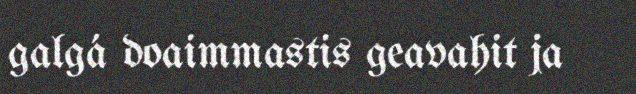
galgá doaimmastis geavahit ja